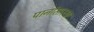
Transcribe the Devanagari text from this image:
पानांसारखा